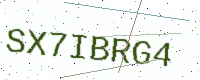
Text: SX7IBRG4